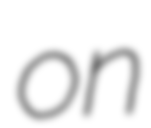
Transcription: on